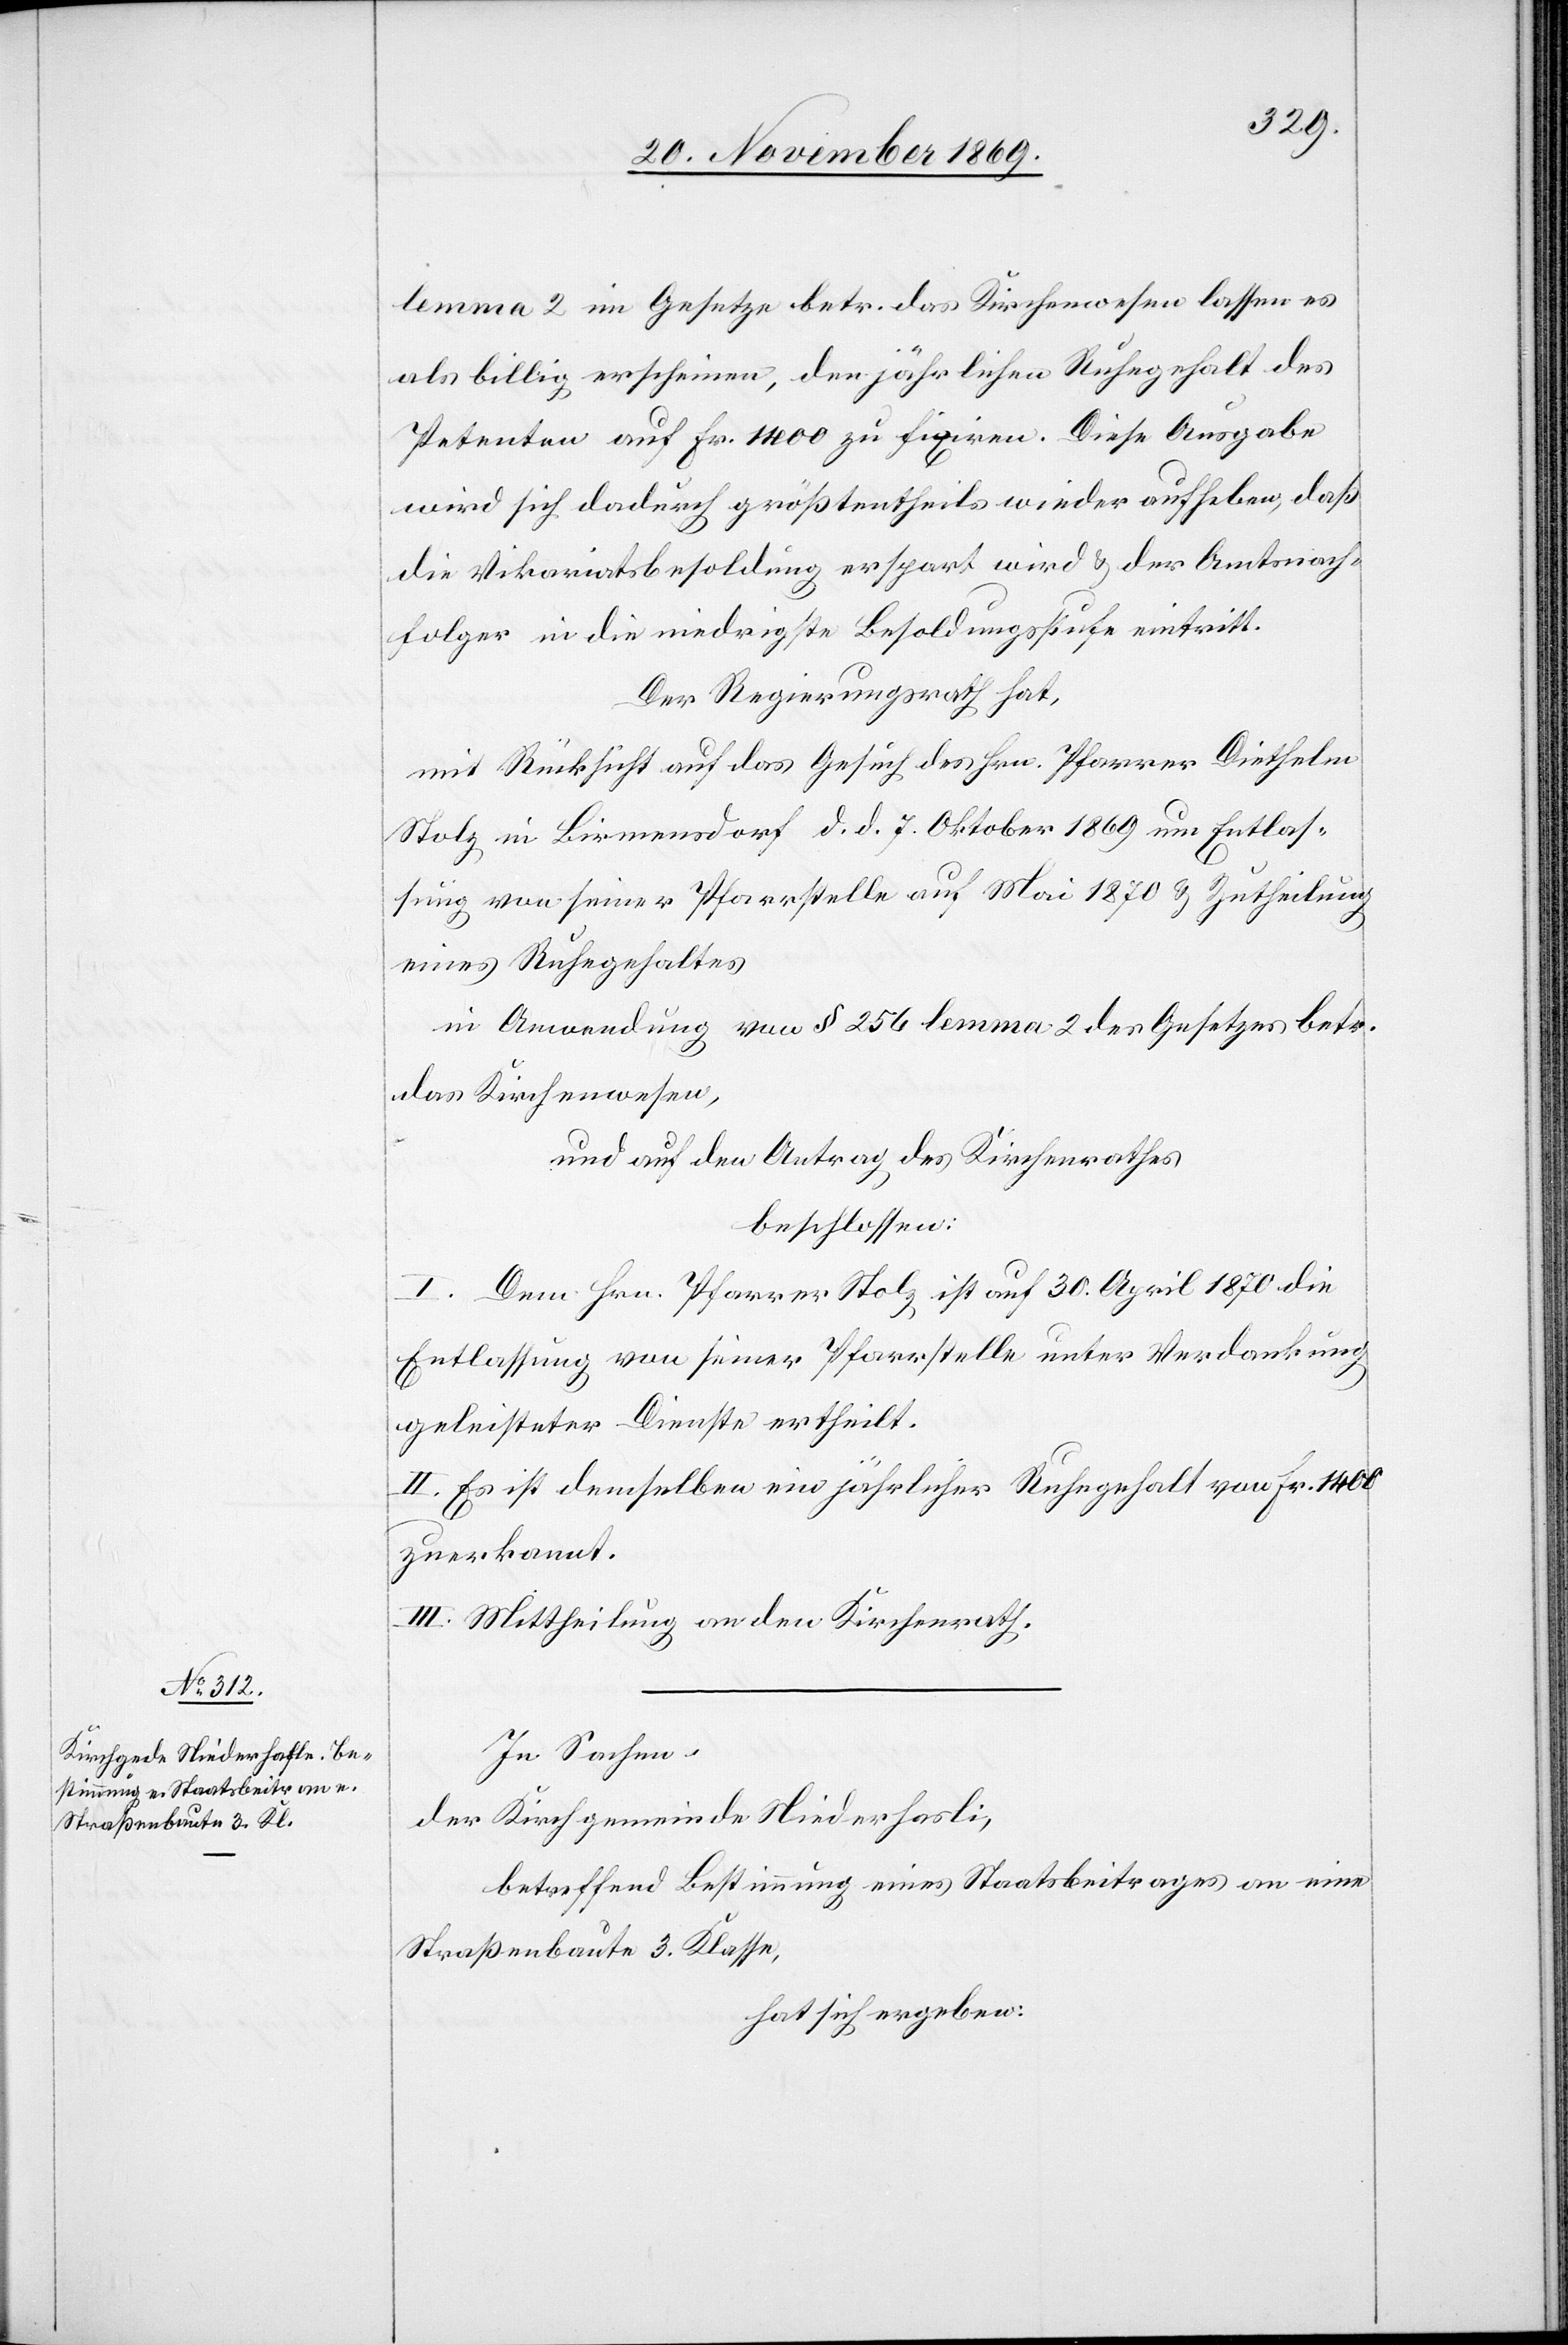
lemma 2 im Gesetze betr. das Kirchenwesen lassen es
als billig erscheinen, den jährlichen Ruhegehalt des
Petenten auf Fr. 1400 zu fixiren. Diese Ausgabe
wird sich dadurch größtentheils wieder aufheben, daß
die Vikariatsbesoldung erspart wird & der Amtsnach¬
folger in die niedrigste Besoldungsstufe eintritt.
Der Regierungsrath hat,
mit Rücksicht auf das Gesuch des Hrn. Pfarrer Diethelm
Stolz in Birmensdorf d. d. 7. Oktober 1869 um Entlas¬
sung von seiner Pfarrstelle auf Mai 1870 & Zutheilung
eines Ruhegehaltes
in Anwendung von § 256 lemma 2 des Gesetzes betr.
das Kirchenwesen,
und auf den Antrag des Kirchenrathes
beschlossen:
I. Dem Hrn. Pfarrer Stolz ist auf 30. April 1870 die
Entlassung von seiner Pfarrstelle unter Verdankung
geleisteter Dienste ertheilt.
II. Es ist demselben ein jährlicher Ruhegehalt von Fr. 1400
zuerkannt.
III. Mittheilung an den Kirchenrath.